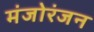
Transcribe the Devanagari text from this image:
मंजोरंजन